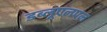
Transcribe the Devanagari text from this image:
डब्लूएलएल